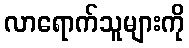
လာရောက်သူများကို